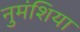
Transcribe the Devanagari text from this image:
नुमंशिया